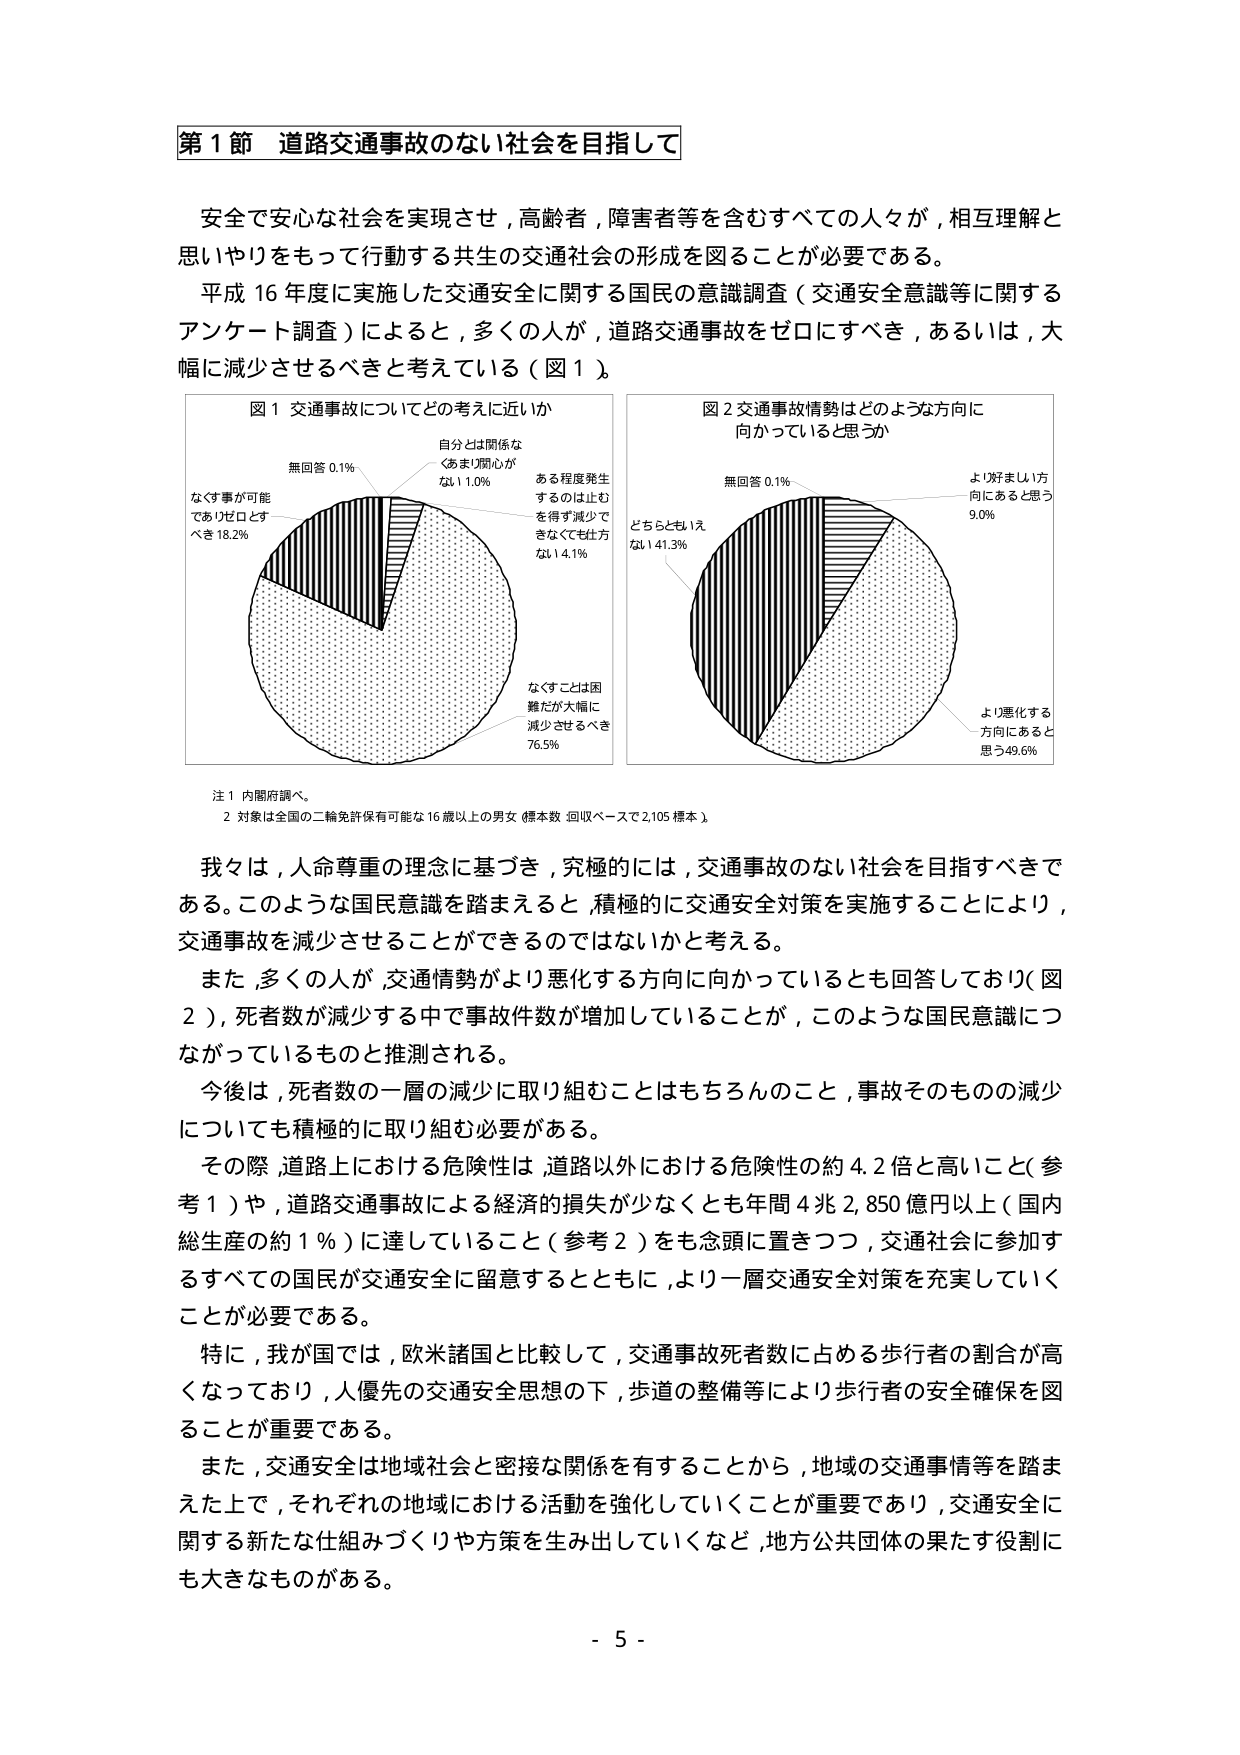
第１節 道路交通事故のない社会を目指して

安全で安心な社会を実現させ，高齢者，障害者等を含むすべての人々が，相互理解と思いやりをもって行動する共生の交通社会の形成を図ることが必要である。

平成16年度に実施した交通安全に関する国民の意識調査（交通安全意識等に関するアンケート調査）によると，多くの人が，道路交通事故をゼロにすべき，あるいは，大幅に減少させるべきと考えている（図1）。

図1 交通事故についてどの考えに近いか
無回答 0.1%
自分とは関係なく（あまり関心がない）1.0%
ある程度発生するのは止むを得ず減少できなくても仕方ない 4.1%
なす事は可能でありゼロとすべき 18.2%
なすことは困難だが大幅に減少させるべき 76.5%

図2 交通事故情勢はどのような方向に向かっていると思うか
無回答 0.1%
どちらともいえない 41.3%
より好ましい方向にあると思う 9.0%
より悪化する方向にあると思う 49.6%

注1 内閣府調べ。
2 対象は全国の二輪免許保有可能な16歳以上の男女（標本数：回収ベースで2,105標本）

我々は，人命尊重の理念に基づき，究極的には，交通事故のない社会を目指すべきである。このような国民意識を踏まえると，積極的に交通安全対策を実施することにより，交通事故を減少させることができるのではないかと考える。

また，多くの人が，交通情勢がより悪化する方向に向かっているとも回答しており（図2），死者数が減少する中で事故件数が増加していることが，このような国民意識につながっているものと推測される。

今後は，死者数の一層の減少に取り組むことはもちろんのこと，事故そのものの減少についても積極的に取り組む必要がある。

その際，道路上における危険性は，道路以外における危険性の約4.2倍と高いこと（参考1）や，道路交通事故による経済的損失が少なくとも年間4兆2,850億円以上（国内総生産の約1％）に達していること（参考2）をも念頭に置きつつ，交通社会に参加するすべての国民が交通安全に留意するとともに，より一層交通安全対策を充実していくことが必要である。

特に，我が国では，欧米諸国と比較して，交通事故死者数に占める歩行者の割合が高くなっており，人優先の交通安全思想の下，歩道の整備等により歩行者の安全確保を図ることが重要である。

また，交通安全は地域社会と密接な関係を有することから，地域の交通事故等を踏まえた上で，それぞれの地域における活動を強化していくことが重要であり，交通安全に関する新たな仕組みづくりや方策を生み出していくなど，地方公共団体の果たす役割にも大きなものがある。

- 5 -